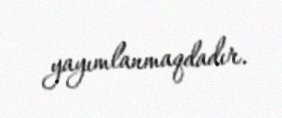
yayımlanmaqdadır.